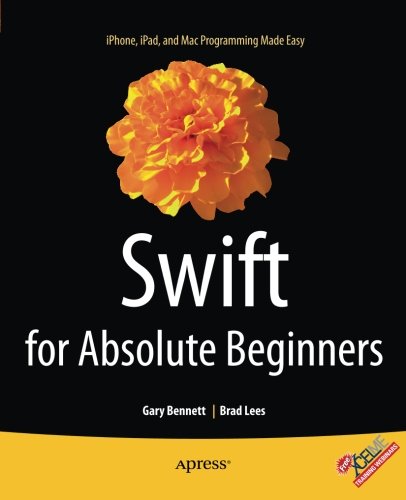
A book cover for Swift for Absolute Beginners; Gary Bennett; Computers & Technology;